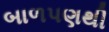
બાળપણથી